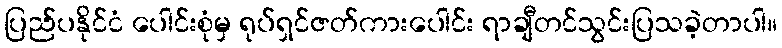
ပြည်ပနိုင်ငံ ပေါင်းစုံမှ ရုပ်ရှင်ဇတ်ကားပေါင်း ရာချီတင်သွင်းပြသခဲ့တာပါ။